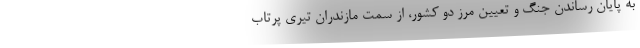
به پایان رساندن جنگ و تعیین مرز دو کشور، از سمت مازندران تیری پرتاب